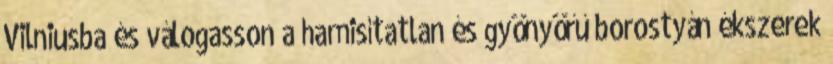
Vilniusba és válogasson a hamisítatlan és gyönyörű borostyán ékszerek